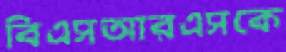
বিএসআরএসকে